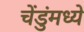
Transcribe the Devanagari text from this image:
चेंडुंमध्ये